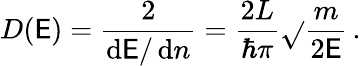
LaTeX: D(\mathsf{E})={\frac{{2}}{{\operatorname{d}\! \mathsf{E}/\operatorname{d}\! n}}}={\frac{{2L}}{{\hbar\pi}}}{\sqrt{}{{\frac{{m}}{{2\mathsf{E}}}}}}\, .